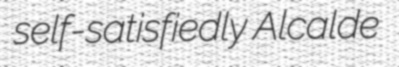
self-satisfiedly Alcalde